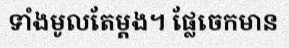
ទាំងមូលតែម្តង។ ផ្លែចេកមាន